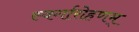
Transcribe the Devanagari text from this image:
स्वर्गारोहणम्